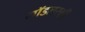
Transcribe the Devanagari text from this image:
मॉडलस्की